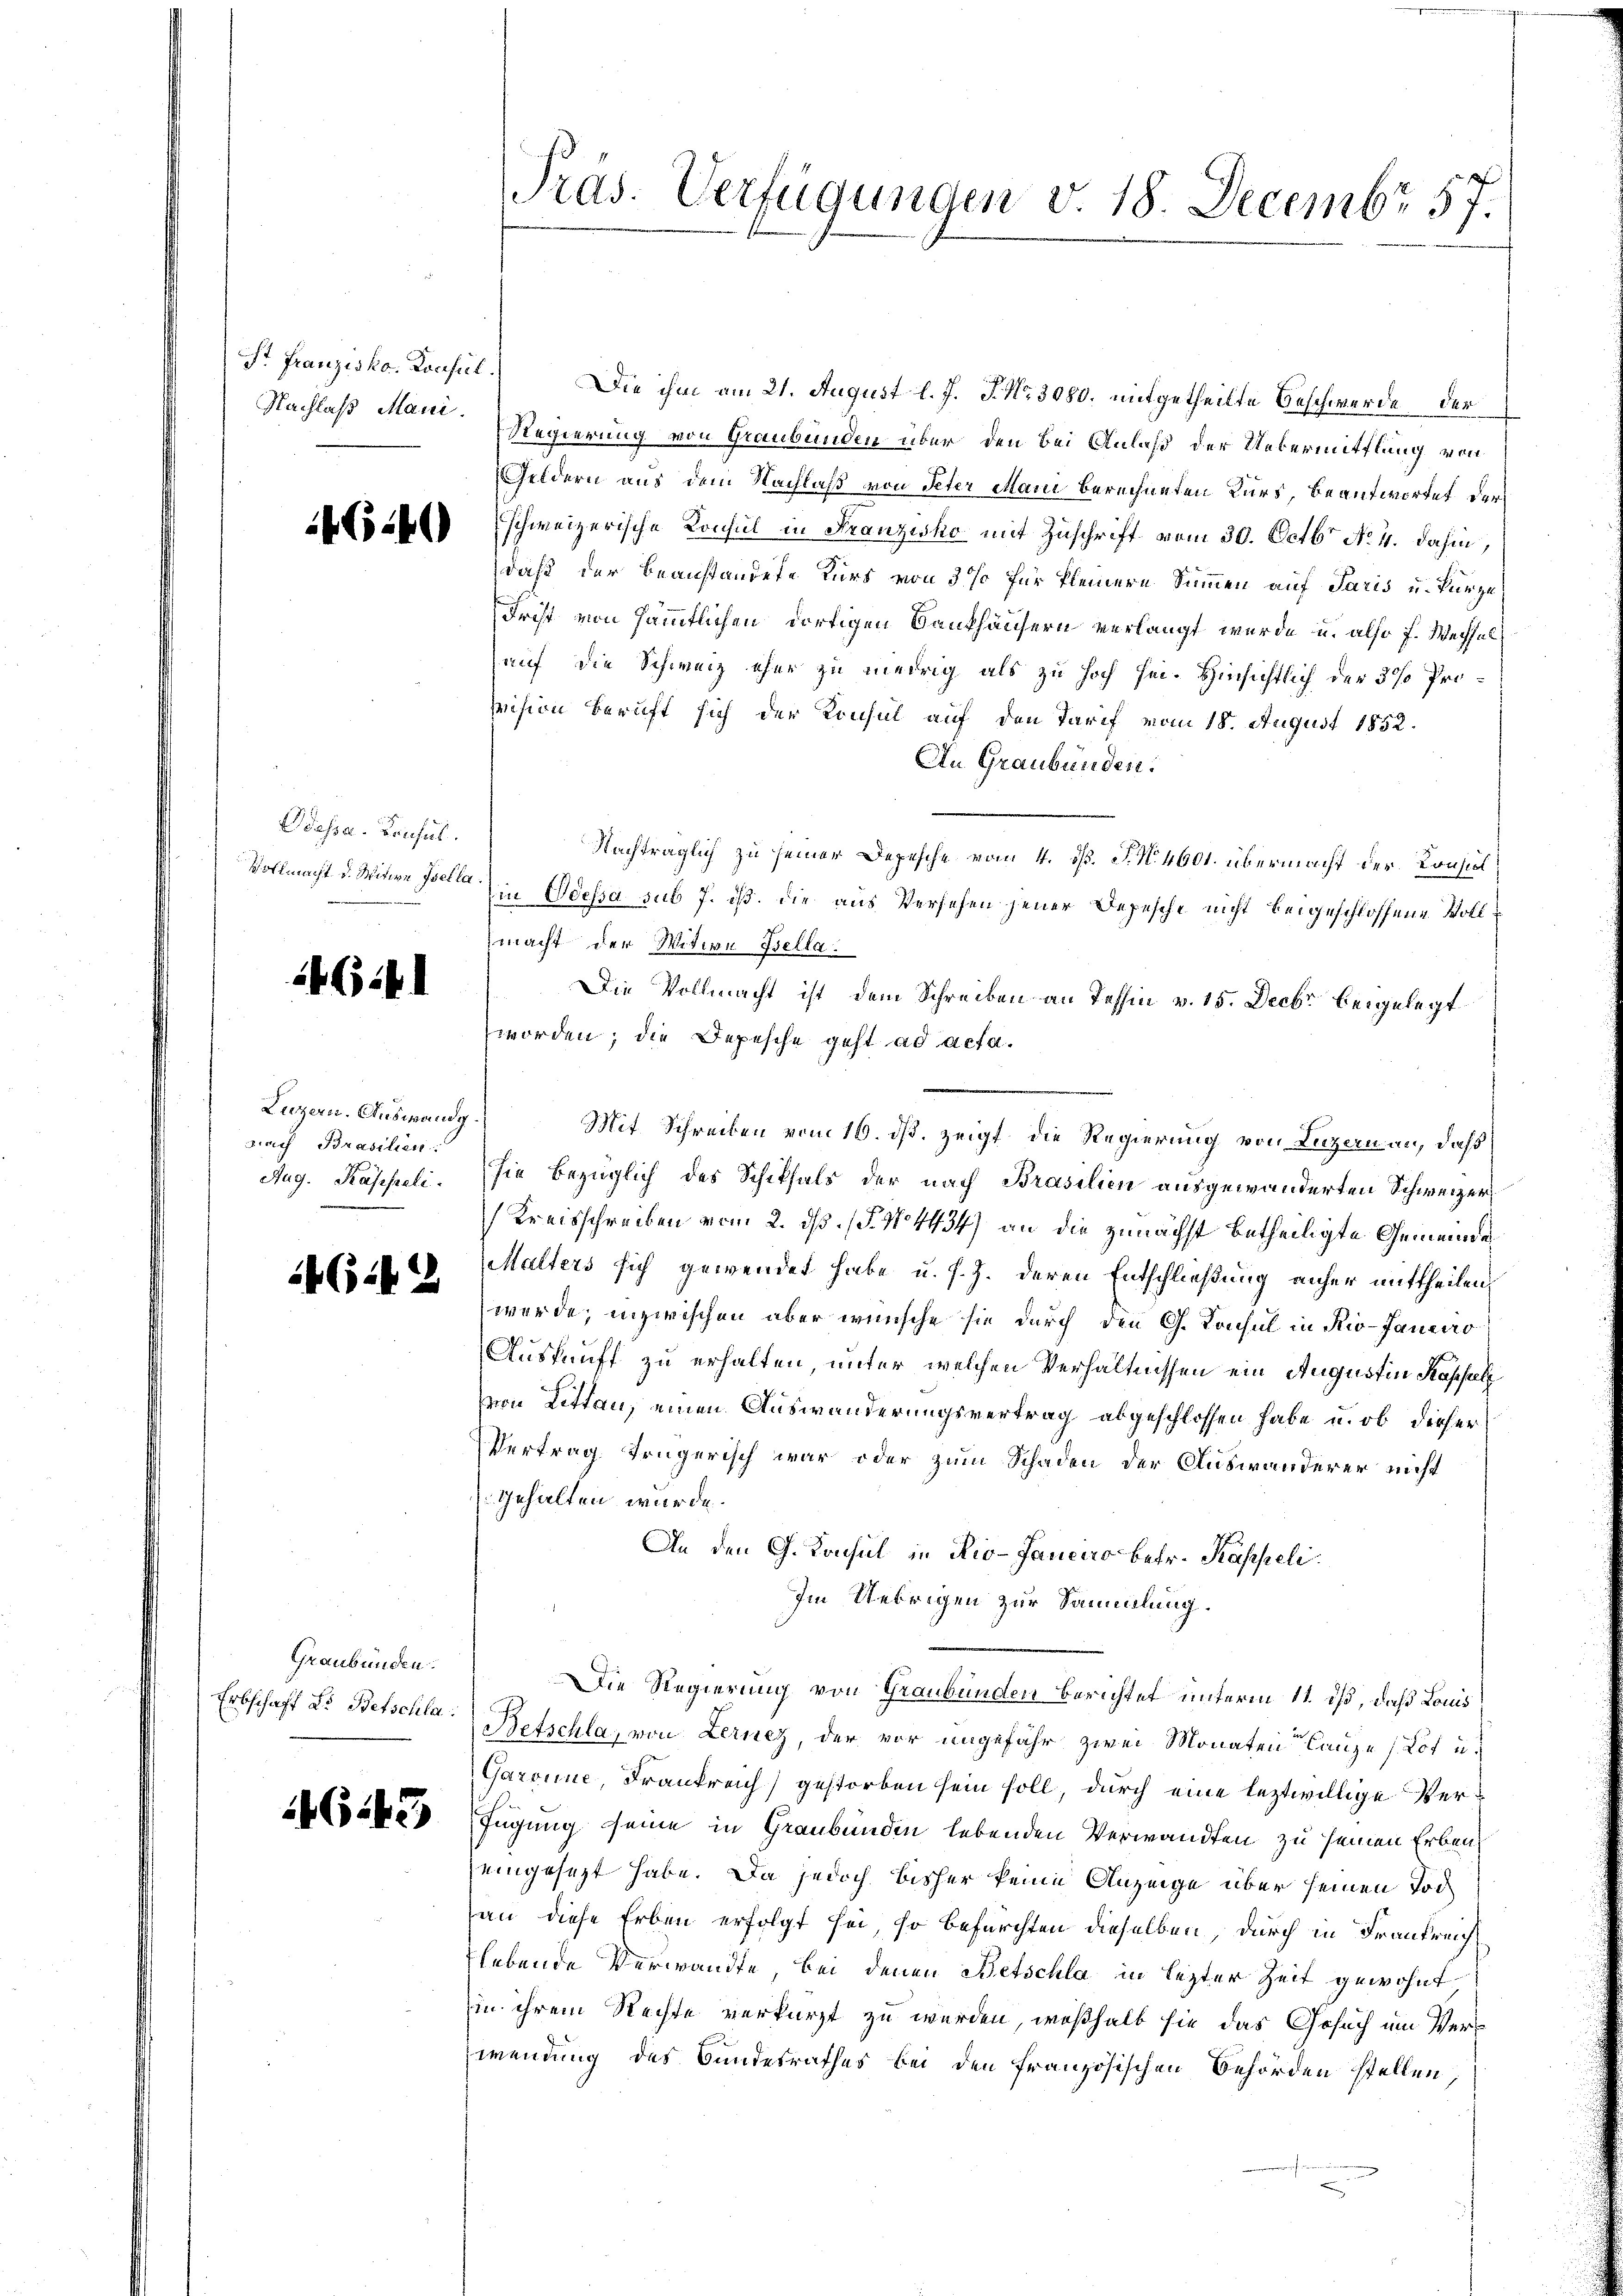
4640

Ddossa. Konsul

46:41

Luzern. Auswandg.
nach Brasilien.
Aug. Kasseli

4(142

Graubünden.
Erbschaff Dr. Betschla

G143

St Franzisko. Konsul Die ihm am 21. August l. J. J. Nr. 3080. mitgetheilte Beschwerde der
Nachlaß man Regierung von Graubünden über den bei Anlaß der Uebermittlung von
Geldern aus dem Nachlaß von Peter Mani berechneten Kurs, beantwortet der
schweizerische Konsul in Franzisko mit Zuschrift vom 30. Octbr No 4. dahin,
daß der beanständete Kurs von 3 % für kleinere Summen auf Paris u. kurze
Frist von sämmtlichen dortigen Bankhäusern verlangt wurde u. also f. Wechsel
auf die Schweiz eher zu niedrig als zu hoch sei. Hinsichtlich der 3 % Prosvision beruft sich der Konsul auf den Tarif vom 18. August 1852.
An Graubünden.
Nachträglich zu seiner Depesche vom 4. d. J. N. 4601. übermacht der Konsil
Vollmacht d. Mitere Peten in Odessa sub 7. ist. Die aus Versehen jener Depesche nicht beigeschlossene Voll
macht der Witwe Bella.
Die Vollmacht ist dem Schreiben an Tessin v. 15. Decbr beigelegt
worden; die Depesche geht ad acta.
Mit Schreiben vom 16. ds. zeigt, die Regierung von Luzern an, daß
sie bezüglich des Schiksals der nach Brasilien ausgewanderten Schweizer¬
(Kreisschreiben vom 2. dß. (§. N. 4434) an die zunächst betheiligte Gemeinde
Malters sich gewendet habe u. s. Z. deren Entschließung anher mittheilen,
werde, inzwischen aber wünsche sie durch den G. Konsul in Rio-Janeiro
Auskunft zu erhalten, unter welchen Verhältnissen ein Augustin Kapsel
von Lettau, einen Auswanderungsvertrag abgeschlossen habe u. ob dieser
Vertrag trügerisch war oder zum Schaden der Auswanderer nicht
gehalten wurde.
An den G. Konsul in Rio-Janeiro betr. Kappeli
Im Uebrigen zur Sammlung.
Die Regierung von Graubünden Berichtet unterm 11. ist, daß Louis
Retschla, von Lernez, der vor ungefähr zwei Monaten anze (Lot u.
Garonne, Frankreich gestorben sein soll, durch eine leztwillige Verfügung seine in Graubünden lebenden Verwandten zu seinen Erben
eingesezt habe. Da jedoch bisher keine Anzeige über seinen Todan diese Erben erfolgt sei, so befürchten dieselben, durch in Frankreichlebende Verwandte, bei denen Betschla in lezter Zeit gewohnt
in ihrem Rechte verkürzt zu werden, weßhalb sie das Gesuch um Verwendung des Bundesrathes bei den französischen Behörden stellen,

Tras. Verfügungen v. 18. Decembr 57.